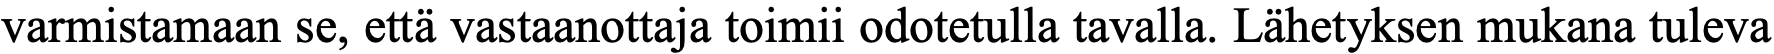
varmistamaan se, että vastaanottaja toimii odotetulla tavalla. Lähetyksen mukana tuleva